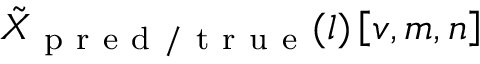
\tilde { { X } } _ { \mathrm { ~ p ~ r ~ e ~ d ~ / ~ t ~ r ~ u ~ e ~ } } ( l ) \left[ v , m , n \right]